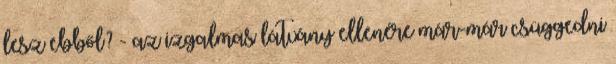
lesz ebből? - az izgalmas látvány ellenére már-már csüggedni